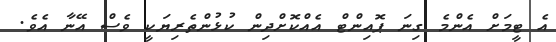
އެ ޓީމަށް އެންމެ ގިނަ ޕޮއިންޓް އެއްކޮށްދިން ކުޅުންތެރިޔަކީ ވެސް އޭނާ އެވެ.